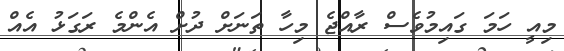
މިއީ ހަމަ ގައިމުވެސް ރާއްޖެ މިހާ ތަނަށް ދުށް އެންމެ ރަގަޅު އެއް